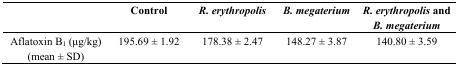
|  | Control | R. erythropolis | B. megaterium | R. erythropolis and B. megaterium |
 | --- | --- | --- | --- | --- |
 | Aflatoxin B1 (μg/kg) (mean ± SD) | 195.69 ± 1.92 | 178.38 ± 2.47 | 148.27 ± 3.87 | 140.80 ± 3.59 |